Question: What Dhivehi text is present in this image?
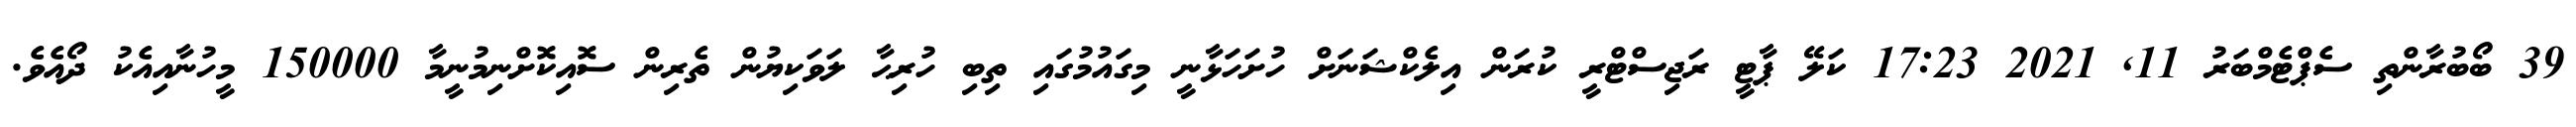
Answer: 39 ބޯބުރާންތި ސެޕްޓެމްބަރު 11, 2021 17:23 ކަލޭ ޕާޓީ ރަޖިސްޓްރީ ކުރަން އިލެކްޝަނަށް ހުށަހަޅާނީ މިގައުމުގައި ތިބި ހުރިޙާ ލަވަކިޔުން ތެރިން ސޮއިކޮށްނިމުނީމާ 150000 މީހުނާއިއެކު ދޯއެވެ.